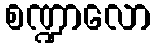
စဏ္ဍာလော